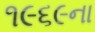
૧૯૬૯ના